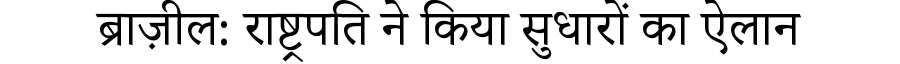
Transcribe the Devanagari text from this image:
ब्राज़ील: राष्ट्रपति ने किया सुधारों का ऐलान